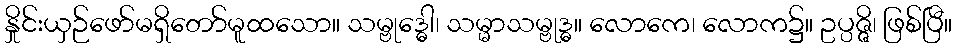
နှိုင်းယှဉ်ဖော်မရှိတော်မူထသော။ သမ္ဗုဒ္ဓေါ၊ သမ္မာသမ္ဗုဒ္ဓ။ လောကေ၊ လောက၌။ ဥပ္ပဇ္ဇိ၊ ဖြစ်ပြီ။